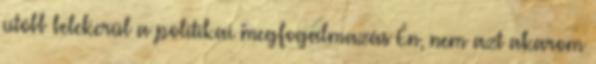
utóbb belekerül a politikai megfogalmazás Én, nem azt akarom